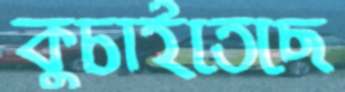
কুচাইতেছে